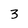
Character: 3